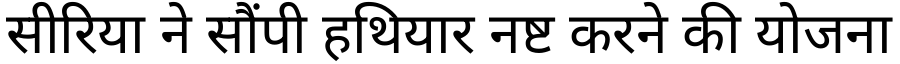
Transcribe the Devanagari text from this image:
सीरिया ने सौंपी हथियार नष्ट करने की योजना